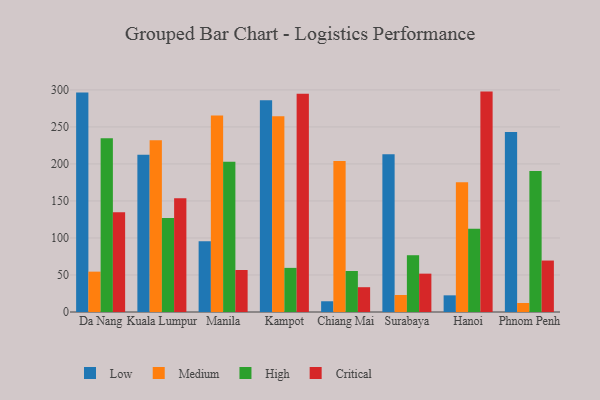
{"axis": {"x": "City", "y": "Temperature (°C)"}, "legend": ["Critical", "High", "Low", "Medium"], "data": [{"x": "Da Nang", "y": 296.4, "type": "Low"}, {"x": "Da Nang", "y": 54.5, "type": "Medium"}, {"x": "Da Nang", "y": 234.8, "type": "High"}, {"x": "Da Nang", "y": 134.6, "type": "Critical"}, {"x": "Kuala Lumpur", "y": 212.3, "type": "Low"}, {"x": "Kuala Lumpur", "y": 232.1, "type": "Medium"}, {"x": "Kuala Lumpur", "y": 126.8, "type": "High"}, {"x": "Kuala Lumpur", "y": 153.6, "type": "Critical"}, {"x": "Manila", "y": 95.6, "type": "Low"}, {"x": "Manila", "y": 265.3, "type": "Medium"}, {"x": "Manila", "y": 202.9, "type": "High"}, {"x": "Manila", "y": 56.7, "type": "Critical"}, {"x": "Kampot", "y": 285.9, "type": "Low"}, {"x": "Kampot", "y": 264.4, "type": "Medium"}, {"x": "Kampot", "y": 59.6, "type": "High"}, {"x": "Kampot", "y": 294.7, "type": "Critical"}, {"x": "Chiang Mai", "y": 14.5, "type": "Low"}, {"x": "Chiang Mai", "y": 204.0, "type": "Medium"}, {"x": "Chiang Mai", "y": 55.4, "type": "High"}, {"x": "Chiang Mai", "y": 33.5, "type": "Critical"}, {"x": "Surabaya", "y": 213.2, "type": "Low"}, {"x": "Surabaya", "y": 23.0, "type": "Medium"}, {"x": "Surabaya", "y": 76.7, "type": "High"}, {"x": "Surabaya", "y": 51.8, "type": "Critical"}, {"x": "Hanoi", "y": 22.5, "type": "Low"}, {"x": "Hanoi", "y": 175.2, "type": "Medium"}, {"x": "Hanoi", "y": 112.3, "type": "High"}, {"x": "Hanoi", "y": 297.7, "type": "Critical"}, {"x": "Phnom Penh", "y": 243.1, "type": "Low"}, {"x": "Phnom Penh", "y": 12.2, "type": "Medium"}, {"x": "Phnom Penh", "y": 190.5, "type": "High"}, {"x": "Phnom Penh", "y": 69.5, "type": "Critical"}]}